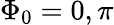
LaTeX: \Phi_{0}=0,\pi